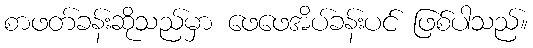
စာဖတ်ခန်းဆိုသည်မှာ ဖေဖေအိပ်ခန်းပင် ဖြစ်ပါသည်။